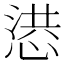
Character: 𢝳